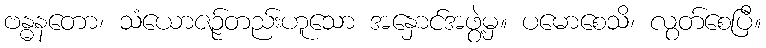
ဗန္ဓနတော၊ သံယောဇဉ်တည်းဟူသော အနှောင်အဖွဲ့မှ။ ပမောစေသိ၊ လွတ်စေပြီ။